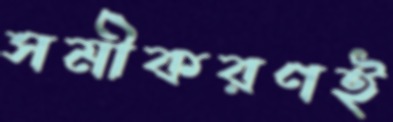
সমীকরণই